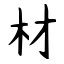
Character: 材